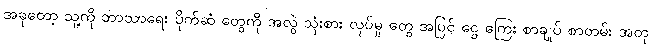
အခုတော့ သူ့ကို ဘာသာရေး ပိုက်ဆံ တွေကို အလွဲ သုံးစား လုပ်မှု တွေ အပြင် ငွေ ကြေး စာချုပ် စာတမ်း အတု